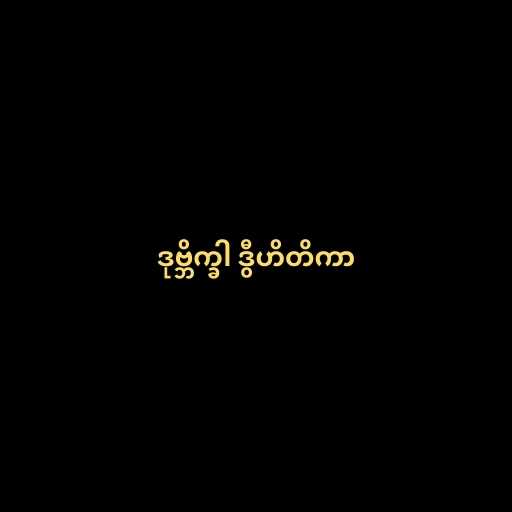
ဒုဗ္ဘိက္ခါ ဒွီဟိတိကာ